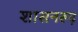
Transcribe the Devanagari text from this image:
शासनरूढ़